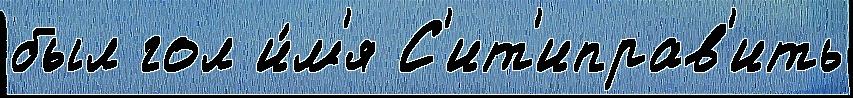
был гол и́м'я С'ит'иправ'ить